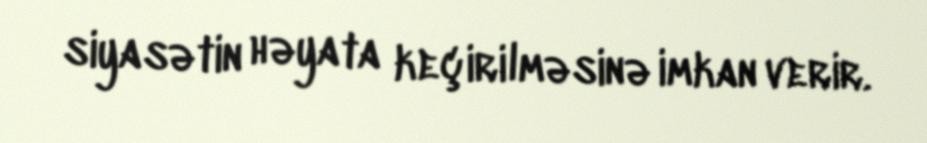
siyasətin həyata keçirilməsinə imkan verir.